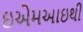
ઇએમઆઇથી